Lunatic asylums Madras 1892-1911 - 1892-1911
Year: 1892
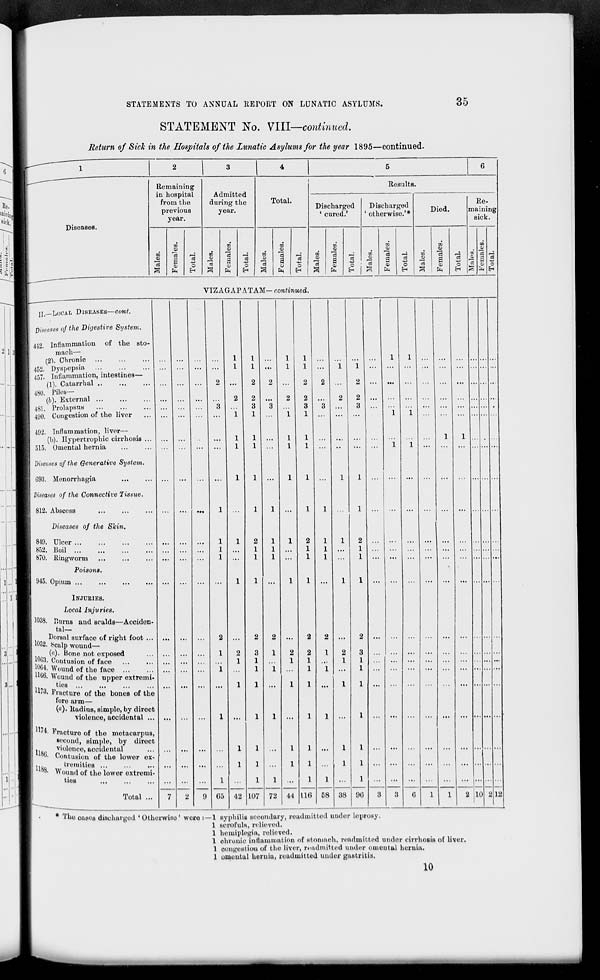
STATEMENTS TO ANNUAL RETORT ON LUNATIC ASYLUMS.
35
STATEMENT No. VIII—continued.
Return of Sick in the Hospitals of the Lunatic Asylums for the year 1895—continued.
Diseases.
Remaining
in hospital
from the
previous
year.
in
in
CD
13
a
ID
o
EH
Admitted
during the
year.
CD
9
in
a
0)
PH
o
EH
Total.
m
3
m
o>
13
0)
CM
o
Results.
Discharged
' cured.'
CO
0>
13
o>
fa
o
EH
Discharged
' otherwise. ,#
w
0>
in
3
<D
a ca
cS
4)
o
"A EH EH
Died.
ID
O
3
tn
13
6
01
EH
o
EH
Re-
maining
sick.
■i.
-
in
Oi
O
EH
VIZAGAPATAM— continued.
II.—LOCAL DISEASES—coni.
Diseases of the Digestive System.
442. Inflammation of the sto-
mach—
(2V Chronic
452. Dyspepsia
457. Inflammation, intestines—
(1). Catarrbal
480. Piles—
(b). External
481. Prolapsus
490. Congestion of the liver
492. Inflammation, liver—
(h). Hypertrophic cirrhosis ...
515. Omental hernia
Diseases of the Generative System.
093. Menorrhagia
Diseases of the Connective Jissue.
812. Abscess
...
Diseases of the Skin.
849. Ulcer
852. Boil
870. Ringworm
Poisons.
945. Opium
INJURIES.
Local Injuries.
1038. P.nrns and scalds—Acciden-
tal-
Dorsal surface of right foot ...
1052. ^culp wound—
(a). Bone not exposed
1063. Contusion of faoe
jOW. Wound of the face
HOG. Wound of the upper extremi-
ties
W3. Fracture of the bones of the
fore arm—
(«)• Radius, simple, by direct
violence, accidental ...
l ?4. Fracture of the metacarpus,
leoond, simple, by direct
lisc vi°l°I,ce » accidental
1( *>. Contusion of the lower ex-
118s
tremitiea
°8 , Wound of the lower extremi-
ties
Total ...
1
(55 42 107
1
72 U 116 58 38 90
1
2 10
12
» T i'he casos discharged 'Otherwise' were :—1 syphilis secondary, readmitted uuder loprosy.
l scrofula, relieved.
1 hemiplegia, relieved.
1 ohronic inflammation of stonmch, readmitted under cirrhosis of liver.
1 congestion of the liver, readmitted under omeutal hernia.
1 oaioutal hernia, readmitted under gastritis.
10